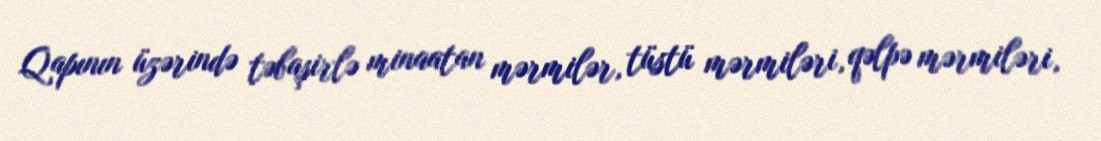
Qapının üzərində təbaşirlə minaatan mərmilər, tüstü mərmiləri, qəlpə mərmiləri,